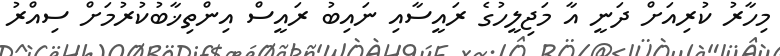
މިހާރު ކުރިއަށް ދަނީ އާ މަޖިލީހުގެ ރައީސާއި ނައިބު ރައީސް އިންތިޚާބުކުރުމަށް ސިއްރު